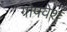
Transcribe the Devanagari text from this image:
गोपवेश